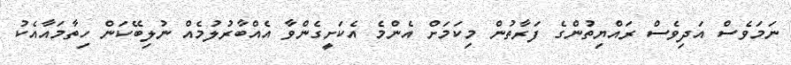
ނަމަވެސް އަދިވެސް ރައްޔިތުންގެ ފަރާތުން މިކަމަށް އެންމެ އެކަށީގެންވާ އެއްބާރުލުމެއް ނުލިބޭކަން ހިތާމައާއެކު